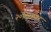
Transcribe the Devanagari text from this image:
२०दिसम्बर